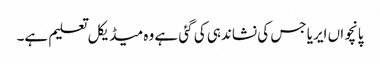
پانچواں ایریا جس کی نشاندہی کی گئی ہے وہ میڈیکل تعلیم ہے۔